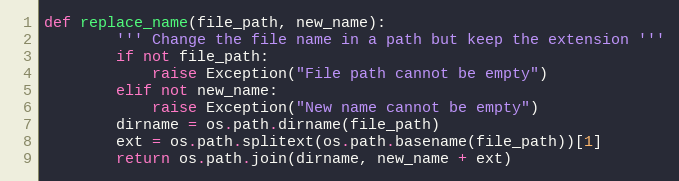
Language: Python
def replace_name(file_path, new_name):
        ''' Change the file name in a path but keep the extension '''
        if not file_path:
            raise Exception("File path cannot be empty")
        elif not new_name:
            raise Exception("New name cannot be empty")
        dirname = os.path.dirname(file_path)
        ext = os.path.splitext(os.path.basename(file_path))[1]
        return os.path.join(dirname, new_name + ext)